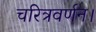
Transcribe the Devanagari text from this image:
चरित्रवर्णन।